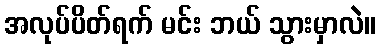
အလုပ်ပိတ်ရက် မင်း ဘယ် သွားမှာလဲ။